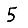
Digit: 5